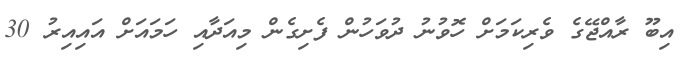
އިބޫ ރާއްޖޭގެ ވެރިކަމަށް ހޮވުނު ދުވަހުން ފެށިގެން މިއަދާއި ހަމައަށް އައިއިރު 30